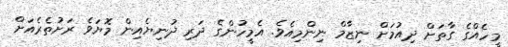
މީހެއްގެ ގާތަށް ދިއުމަށް ނިޒާމް ނިންމިއެވެ. އެމީހުންގެ ދަރި ދުނިޔެއިން މޮޔަވެ ރަށުތެރެއަށް